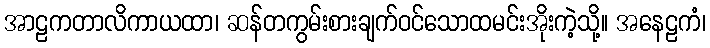
အာဠကတာလိကာယထာ၊ ဆန်တကွမ်းစားချက်ဝင်သောထမင်းအိုးကဲ့သို့။ အနေဠကံ၊